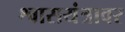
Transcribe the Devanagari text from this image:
श्वासयंत्रावर